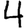
Digit: 4